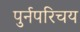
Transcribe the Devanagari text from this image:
पुर्नपरिचय